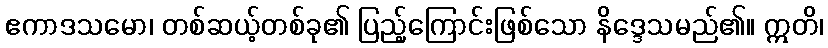
ဧကာဒသမော၊ တစ်ဆယ့်တစ်ခု၏ ပြည့်ကြောင်းဖြစ်သော နိဒ္ဒေသမည်၏။ ဣတိ၊